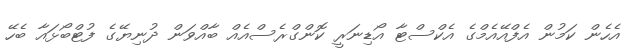
އެހެން ކަމުން އެފްއޭއެމްގެ އެކްސްޓާ އޯޑިނަރީ ކޮންގްރެސްއެއް ބާއްވަން ދުނިޔޭގެ ފުޓްބޯޅައާ ބެހޭ